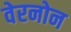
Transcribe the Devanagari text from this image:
वेरनोन